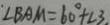
\angle B A M = 6 0 ^ { \circ } + \angle 3